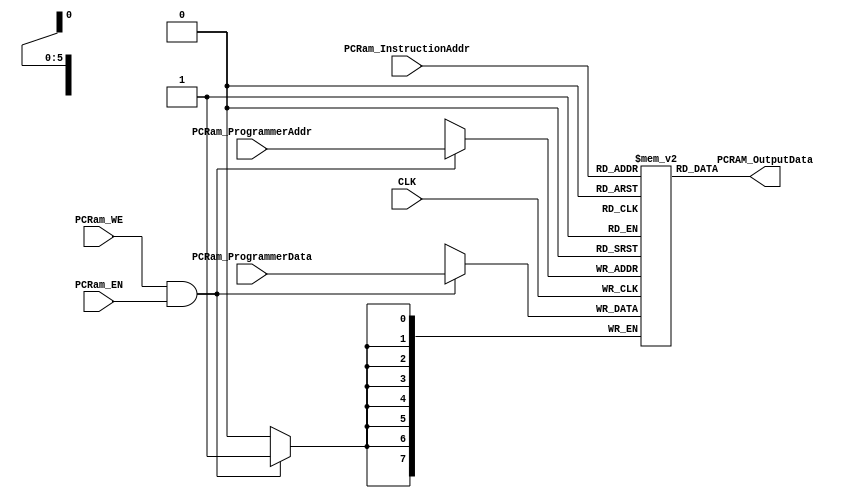
module CPU_ROM
#
(
	parameter CounterBits = 6,
	parameter FetchBits   = 8
)
(
	//BASIC:
	input wire			  								CLK,
	
	//PROGRAMMER:
	input  wire			  								PCRam_WE,
	input  wire												PCRam_EN,
	
	input  wire	[(FetchBits   - 1):0] PCRam_ProgrammerData,
	input  wire	[(CounterBits - 1):0] PCRam_ProgrammerAddr,
	
	//OUTPUT:
	//Addr:
	input  wire	[(CounterBits - 1):0] PCRam_InstructionAddr,
	//Data:
	output wire	[(FetchBits - 1)  :0] PCRAM_OutputData
);

reg  [(FetchBits - 1) :0] RAM[((2**CounterBits) - 1):0];
	
//	DESCRIPTION
always @ (posedge CLK)
begin
	if (PCRam_WE && PCRam_EN)
	begin
		RAM[PCRam_ProgrammerAddr] <= PCRam_ProgrammerData;
	end
end
	
assign PCRAM_OutputData = RAM[PCRam_InstructionAddr];

//	TESTBENCH
integer i;
initial
begin
	for (i=0; i<(2**CounterBits); i=i+1)
	begin
		RAM[i] = {(FetchBits) {1'b1}};
	end
end
	
endmodule